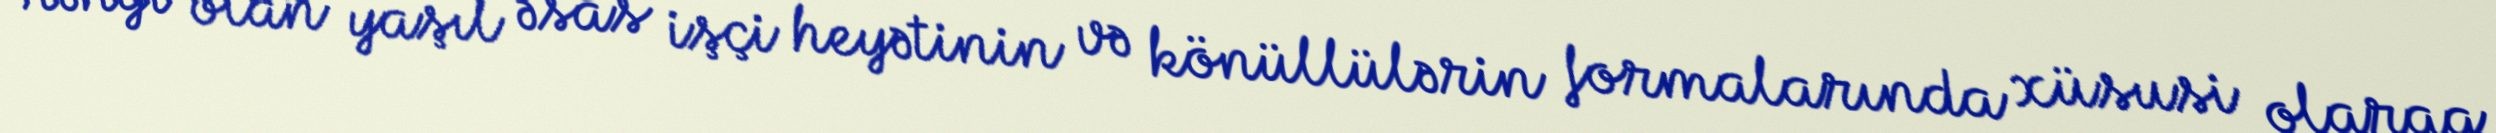
rəngi olan yaşıl əsas işçi heyətinin və könüllülərin formalarında xüsusi olaraq